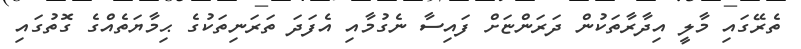
ތެރޭގައި މާލީ އިދާރާތަކުން ދަރަންޏަށް ފައިސާ ނެގުމާއި އެފަދަ ތަރަނިތަކުގެ ޙިމާޔަތެއްގެ ގޮތުގައި